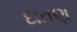
દાતણ